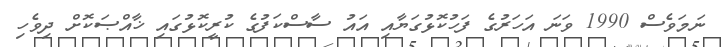
ނަމަވެސް 1990 ވަނަ އަހަރުގެ ފަހުކޮޅުގަޔާއި އައު ސާސްކަފުގެ ކުރީކޮޅުގައި ޚާއްޞަކޮށް ދިވެހި